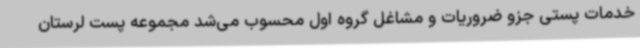
خدمات پستی جزو ضروریات و مشاغل گروه اول محسوب می‌شد مجموعه پست لرستان